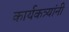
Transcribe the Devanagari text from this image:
कार्यकत्र्यांनी